Annual administration report of the Civil Veterinary Department of India - 1892-1893
Year: 1892
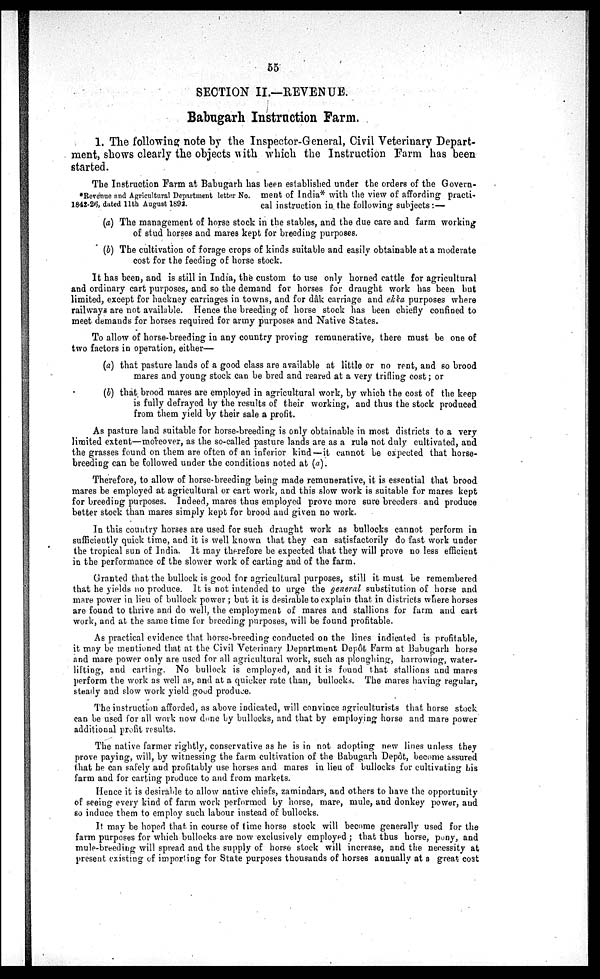
55
SECTION II.—REVENUE.
Babugarh Instruction Farm.
1. The following note by the Inspector-General, Civil Veterinary Depart-
ment, shows clearly the objects with which the Instruction Farm has been
started.
*Revenue and Agricultural Department letter No.
1842-26, dated 11th August 1892.
The Instruction Farm at Babugarh has been established under the orders of the Govern-
ment of India* with the view of affording practi-
cal instruction in the following subjects:—
(a) The management of horse stock in the stables, and the due care and farm working
of stud horses and mares kept for breeding purposes.
(b) The cultivation of forage crops of kinds suitable and easily obtainable at a moderate
cost for the feeding of horse stock.
It has been, and is still in India, the custom to use only horned cattle for agricultural
and ordinary cart purposes, and so the demand for horses for draught work has been but
limited, except for hackney carriages in towns, and for dâk carriage and ekka purposes where
railways are not available. Hence the breeding of horse stock has been chiefly confined to
meet demands for horses required for army purposes and Native States.
To allow of horse-breeding in any country proving remunerative, there must be one of
two factors in operation, either—
(a) that pasture lands of a good class are available at little or no rent, and so brood
mares and young stock can be bred and reared at a very trifling cost; or
(b) that brood mares are employed in agricultural work, by which the cost of the keep
is fully defrayed by the results of their working, and thus the stock produced
from them yield by their sale a profit.
As pasture land suitable for horse-breeding is only obtainable in most districts to a very
limited extent—moreover, as the so-called pasture lands are as a rule not duly cultivated, and
the grasses found on them are often of an inferior kind—it cannot be expected that horse-
breeding can be followed under the conditions noted at (a).
Therefore, to allow of horse-breeding being made remunerative, it is essential that brood
mares be employed at agricultural or cart work, and this slow work is suitable for mares kept
for breeding purposes. Indeed, mares thus employed prove more sure breeders and produce
better stock than mares simply kept for brood and given no work.
In this country horses are used for such draught work as bullocks cannot perform in
sufficiently quick time, and it is well known that they can satisfactorily do fast work under
the tropical sun of India, It may therefore be expected that they will prove no less efficient
in the performance of the slower work of carting and of the farm.
Granted that the bullock is good for agricultural purposes, still it must be remembered
that he yields no produce. It is not intended to urge the general substitution of horse and
mare power in lieu of bullock power; but it is desirable to explain that in districts where horses
are found to thrive and do well, the employment of mares and stallions for farm and cart
work, and at the same time for breeding purposes, will be found profitable.
As practical evidence that horse-breeding conducted on the lines indicated is profitable,
it may be mentioned that at the Civil Veterinary Department Depôt Farm at Babugarh horse
and mare power only are used for all agricultural work, such as ploughing, harrowing, water-
lifting, and carting. No bullock is employed, and it is found that stallions and mares
perform the work as well as, and at a quicker rate than, bullocks. The mares having regular,
steady and slow work yield good produce.
The instruction afforded, as above indicated, will convince agriculturists that horse stock
can be used for all work now done by bullocks, and that by employing horse and mare power
additional profit results.
The native farmer rightly, conservative as he is in not adopting new lines unless they
prove paying, will, by witnessing the farm cultivation of the Babugarh Depôt, become assured
that he can safely and profitably use horses and mares in lieu of bullocks for cultivating his
farm and for carting produce to and from markets.
Hence it is desirable to allow native chiefs, zamindars, and others to have the opportunity
of seeing every kind of farm work performed by horse, mare, mule, and donkey power, and
so induce them to employ such labour instead of bullocks.
It may be hoped that in course of time horse stock will become generally used for the
farm purposes for which bullocks are now exclusively employed; that thus horse, pony, and
mule-breeding will spread and the supply of horse stock will increase, and the necessity at
present existing of importing for State purposes thousands of horses annually at a great cost